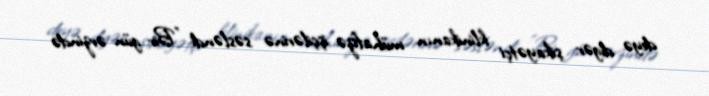
deyə digər şikayətçi klinikanın mühafizə işçilərinə səsləndi: "Bir gün ərzində